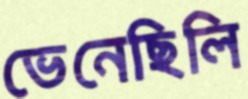
ভেনেছিলি